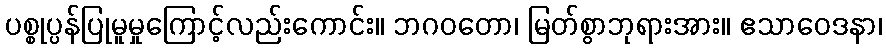
ပစ္စုပ္ပန်ပြုမူမှုကြောင့်လည်းကောင်း။ ဘဂဝတော၊ မြတ်စွာဘုရားအား။ ဧသာဝေဒနာ၊